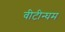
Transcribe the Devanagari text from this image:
वीटीन्घम